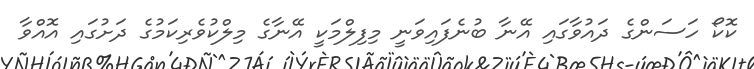
ކޮކޯ ހަސަންގެ ދައުވާގައި އޭނާ ބުނެފައިވަނީ މިފިލްމަކީ އޭނާގެ މިލްކުވެރިކަމުގެ ދަށުގައި އޮއްވާ